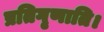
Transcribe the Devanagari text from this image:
प्रतिगृणाति।